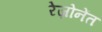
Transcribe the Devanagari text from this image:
रेज़ोनेंत